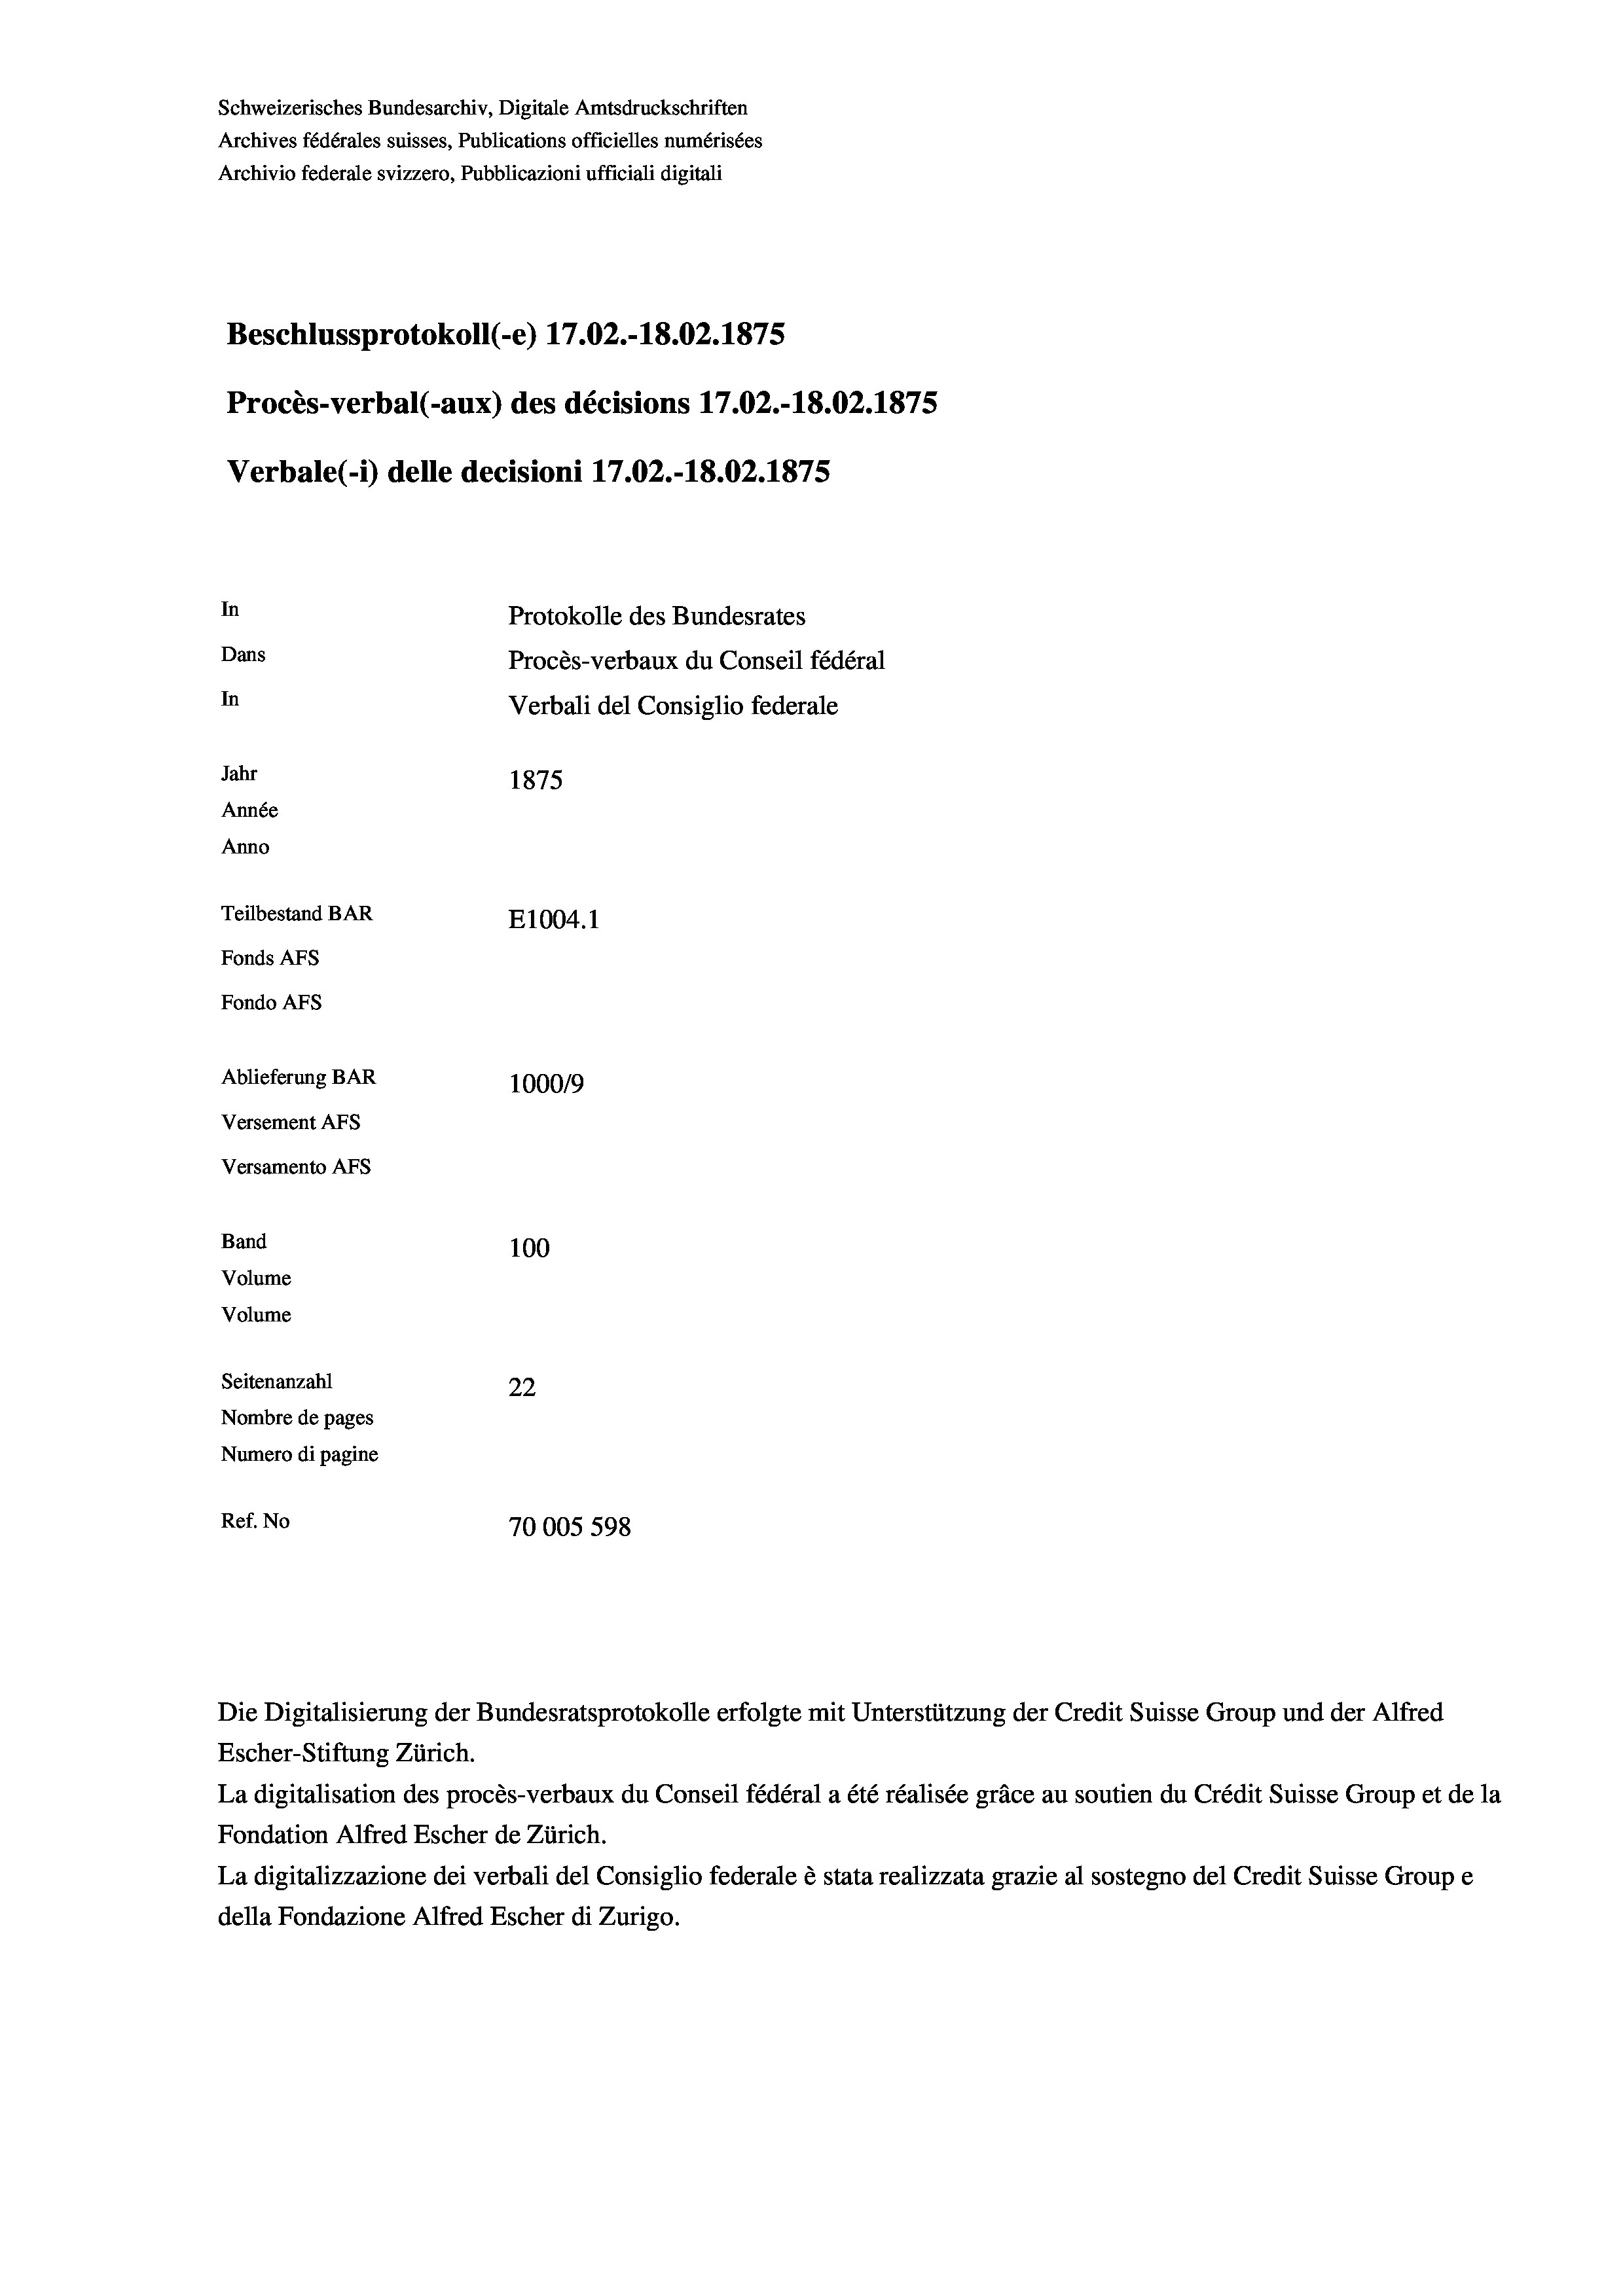
Schweizerisches Bundesarchiv, Digitale Amtsdruckschriften
Archives fédérales suisses, Publications officielles numérisées
Archivio federale svizzero, Pubblicazioni ufficiali digitali
Beschlussprotokoll (-e) 17.02.-18.02. 1875
Procès-verbal (-aux) des décisions 17.02.-18.02. 1875
5
Verbale (i) delle decisioni 17.02.-18.02. 1875
In
Protokolle des Bundesrates
Dans
Procès-verbaux du Conseil fédéral
In
Verbali del Consiglio federale
Jahr
1875
Année
Anno
Teilbestand BAR
E1004.1
Fonds AFs
Fondo Afs
Ablieferung BAR
100019
Versement AFs
Versamento AFS
Band
100
Volume
Volume
Seitenanzahl
22
Nombre de pages
Numero di pagine
Ref. No
70005 598

Die Digitalisierung der Bundesratsprotokolle erfolgte mit Unterstützung der Credit Suisse Group und der Alfred
Escher-Stiftung Zürich.
La digitalisation des procès-verbaux du Conseil fédéral a été réalisée gräce au soutien du Crédit Suisse Group et de la
Fondation Alfred Escher de Zürich.
La digitalizzazione dei verbali del Consiglio federale è stata realizzata grazie al sostegno del Credit Suisse Groupe
della Fondazione Alfred Escher di Zurigo.